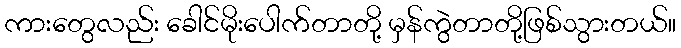
ကားတွေလည်း ခေါင်မိုးပေါက်တာတို့ မှန်ကွဲတာတို့ဖြစ်သွားတယ်။